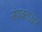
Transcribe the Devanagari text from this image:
संयक्ताक्षर